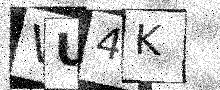
Text: VU4K